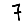
Digit: 7